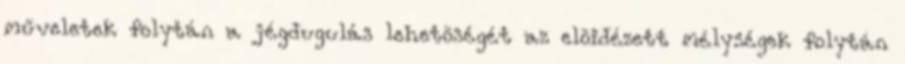
műveletek folytán a jégdugulás lehetõségét az elõidézett mélységek folytán